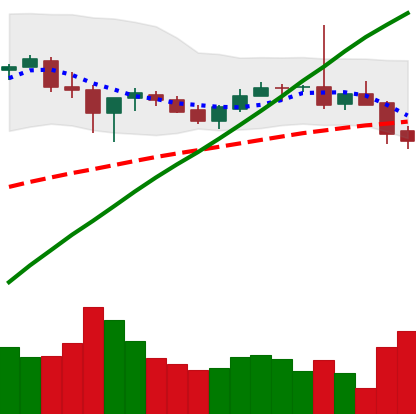
Ticker: BTC-USD
Chart end date: 2017-07-11
Forward return: -17.451%
Label: down_7plus